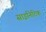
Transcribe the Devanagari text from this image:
साइनिटिक